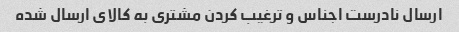
ارسال نادرست اجناس و ترغیب کردن مشتری به کالای ارسال شده